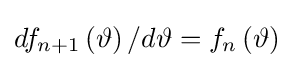
df_{n+1}\left(\vartheta \right)/d\vartheta =f_{n}\left(\vartheta \right)